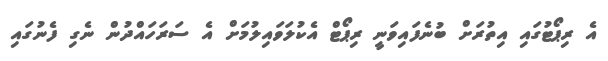
އެ ރިޕޯޓުގައި އިތުރަށް ބުނެފައިވަނީ ރިޕޯޓް އެކުލަވައިލުމަށް އެ ސަރަހައްދުން ނެގި ފެނުގައި